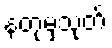
နတုမှသုတ်